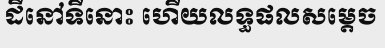
ដីនៅទីនោះ ហើយលទ្ធផលសម្តេច